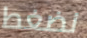
نضغط